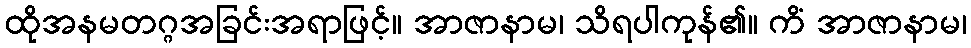
ထိုအနမတဂ္ဂအခြင်းအရာဖြင့်။ အာဇာနာမ၊ သိရပါကုန်၏။ ကိံ အာဇာနာမ၊